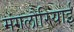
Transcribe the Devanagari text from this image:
मंगलौरियाई